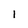
Character: l